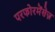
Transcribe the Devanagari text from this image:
परफोरमेंसेज़